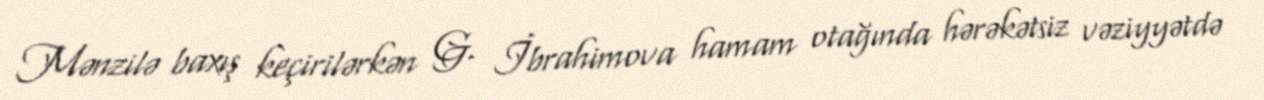
Mənzilə baxış keçirilərkən G. İbrahimova hamam otağında hərəkətsiz vəziyyətdə